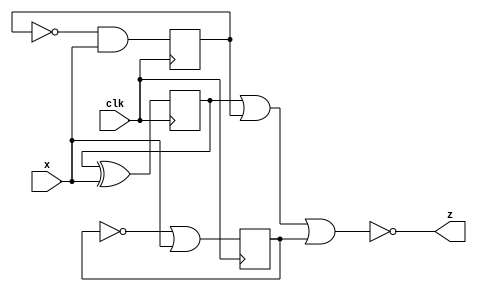
module top_module (
    input clk,
    input x,
    output z
); 
	wire temp1,temp2,temp3;
    always @(posedge clk) begin
        temp1<=temp1^x;
        temp2<=~temp2&x;
        temp3<=~temp3|x;
    end 
    assign z=~(temp1|temp2|temp3);
endmodule